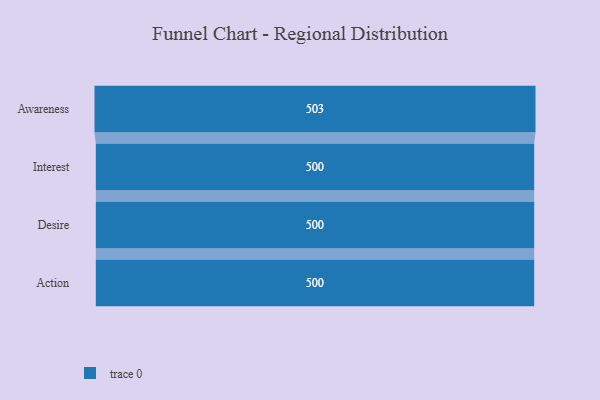
{"axis": {"x": "Stage", "y": "Value"}, "legend": [""], "data": [{"x": "Awareness", "y": 503.0, "type": ""}, {"x": "Interest", "y": 500, "type": ""}, {"x": "Desire", "y": 500, "type": ""}, {"x": "Action", "y": 500, "type": ""}]}